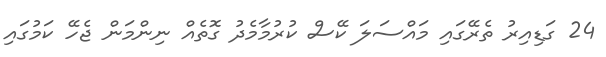
24 ގަޑިއިރު ތެރޭގައި މައްސަލަ ކޭސް ކުރުމާމެދު ގޮތެއް ނިންމަން ޖެހޭ ކަމުގައި